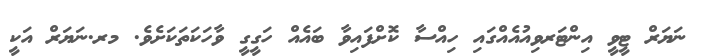
ނަޔަރް ޓީވީ އިންޓަރވިއުއެއްގައި ހިއްސާ ކޮށްފައިވާ ބައެއް ހަގީގީ ވާހަކަތަކަށެވެ. މރ.ނަޔަރް އަކީ